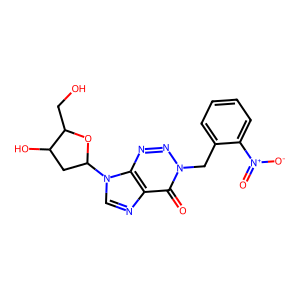
SMILES: O=c1c2ncn(C3CC(O)C(CO)O3)c2nnn1Cc1ccccc1[N+](=O)[O-]
Inhibits HIV replication: No